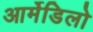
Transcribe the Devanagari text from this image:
आर्मेडिलो